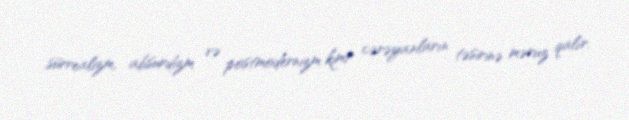
sürrealizm, absurdizm və postmodernizm kimi cərəyanların təsirinə məruz qalır.